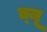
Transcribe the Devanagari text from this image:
त्जू